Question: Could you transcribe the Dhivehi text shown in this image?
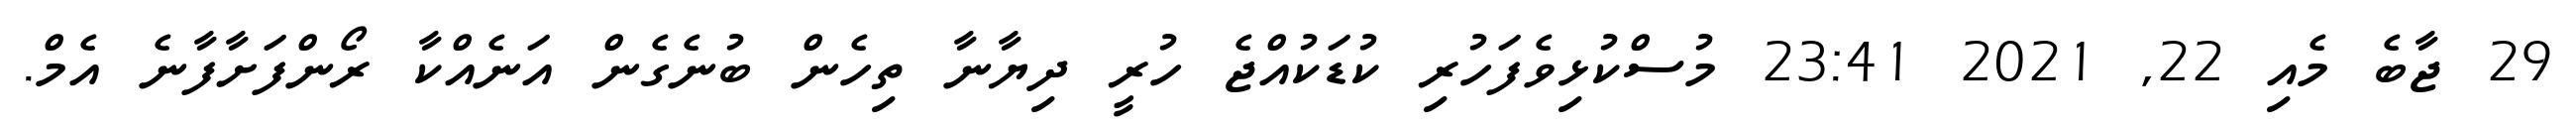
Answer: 29 ޖާބެ މެއި 22, 2021 23:41 މުސްކުޅިވެފަހުރި ކުޑަކުއްޖެ ހުރީ ދިޔާނާ ތިހެން ބުނެގެން އަނެއްކާ ރޯންފަށާފާނެ އެމް.